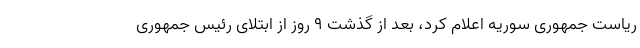
ریاست جمهوری سوریه اعلام کرد، بعد از گذشت ۹ روز از ابتلای رئیس جمهوری